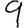
Digit: 9